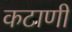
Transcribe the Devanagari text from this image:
कटाणी